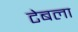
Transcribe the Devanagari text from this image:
टेबला